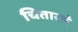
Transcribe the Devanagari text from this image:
चितारणे